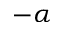
- \alpha